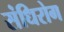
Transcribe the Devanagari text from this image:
संधिरोग